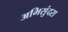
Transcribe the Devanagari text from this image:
अभिसुंदरा